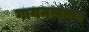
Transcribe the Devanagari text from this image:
गायनसम्राट